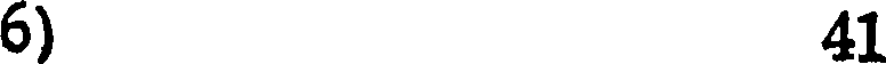
6)41